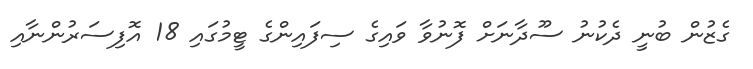
ގެޒުން ބުނީ ދެކުނު ސޫދާނަށް ފޮނުވާ ވައިގެ ސިފައިންގެ ޓީމުގައި 18 އޮފިސަރުންނާއި